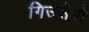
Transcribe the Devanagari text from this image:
गिउसेपो